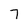
Character: 7